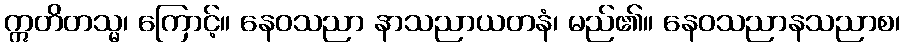
ဣတိတသ္မ၊ ကြောင့်။ နေဝသညာ နာသညာယတနံ၊ မည်၏။ နေဝသညာနသညာစ၊